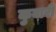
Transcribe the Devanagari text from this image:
कुवारीं